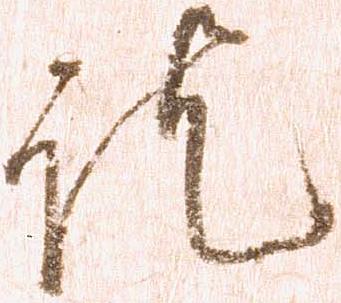
訖